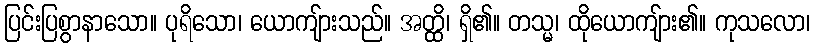
ပြင်းပြစွာနာသော။ ပုရိသော၊ ယောကျ်ားသည်။ အတ္ထိ၊ ရှိ၏။ တသ္မ၊ ထိုယောကျ်ား၏။ ကုသလော၊